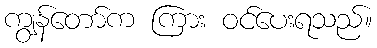
ကျွန်တော်က ကြား ဝင်ပေးရသည်။